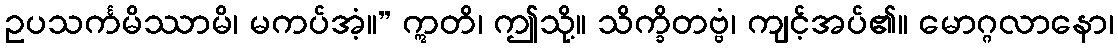
ဥပသင်္ကမိဿာမိ၊ မကပ်အံ့။” ဣတိ၊ ဤသို့။ သိက္ခိတဗ္ဗံ၊ ကျင့်အပ်၏။ မောဂ္ဂလာနော၊